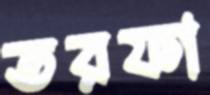
তরফা